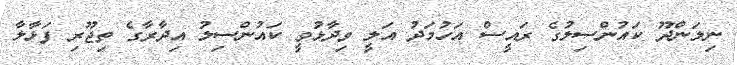
ނިލަންދޫ ކައުންސިލުގެ ރައީސް އަހުމަދު އަލީ ވިދާޅުވީ ކައުންސިލު އިދާރާގެ ތިޖޫރި ފަޅާލާ